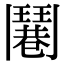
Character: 𩰓